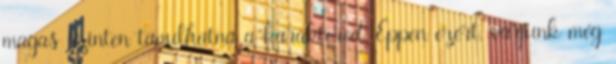
magas szinten tanulhatná a karaktered. Éppen ezért, várjunk még